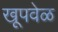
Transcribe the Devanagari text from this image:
खूपवेळ